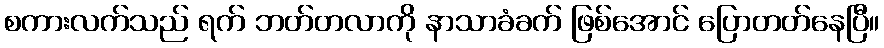
စကားလက်သည် ရက် ဘတ်တလာကို နာသာခံခက် ဖြစ်အောင် ပြောတတ်နေပြီ။